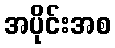
အပိုင်းအစ